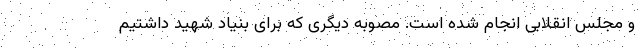
و مجلس انقلابی انجام شده است. مصوبه دیگری که برای بنیاد شهید داشتیم